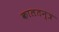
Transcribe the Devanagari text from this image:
कालतन्त्र